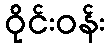
ဝိုင်းဝန်း